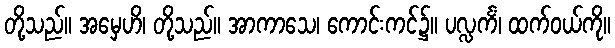
တို့သည်။ အမှေဟိ၊ တို့သည်။ အာကာသေ၊ ကောင်းကင်၌။ ပလ္လင်္ကံ၊ ထက်ဝယ်ကို။